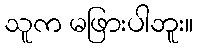
သူက မဖြားပါဘူး။